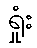
ရှုံး